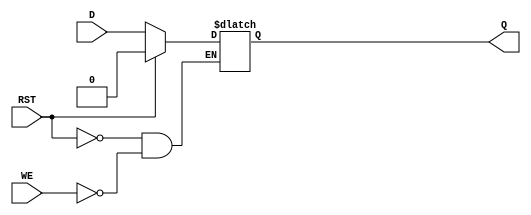
module async_register (
    input wire D,       // Data Input
    input wire WE,      // Write Enable
    input wire RST,     // Reset
    output reg Q        // Data Output
);

    // Asynchronous reset
    always @* begin
        if (RST) begin
            Q <= 1'b0;  // Reset output to 0
        end else if (WE) begin
            Q <= D;     // Capture data at input D
        end
        // If neither RST nor WE, Q retains its previous value
    end

endmodule